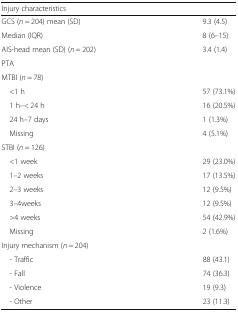
| Injury characteristics |  |
 | --- | --- |
 | GCS (n = 204) mean (SD) | 9.3 (4.5) |
 | Median (IQR) | 8 (6–15) |
 | AIS-head mean (SD) (n = 202) | 3.4 (1.4) |
 | PTA |  |
 | <COLSPAN=2> MTBI (n = 78) |
 | <1 h | 57 (73.1%) |
 | 1 h–< 24 h | 16 (20.5%) |
 | 24 h–7 days | 1 (1.3%) |
 | Missing | 4 (5.1%) |
 | <COLSPAN=2> STBI (n = 126) |
 | <1 week | 29 (23.0%) |
 | 1–2 weeks | 17 (13.5%) |
 | 2–3 weeks | 12 (9.5%) |
 | 3–4weeks | 12 (9.5%) |
 | >4 weeks | 54 (42.9%) |
 | Missing | 2 (1.6%) |
 | <COLSPAN=2> Injury mechanism (n = 204) |
 | - Traffic | 88 (43.1) |
 | - Fall | 74 (36.3) |
 | - Violence | 19 (9.3) |
 | - Other | 23 (11.3) |